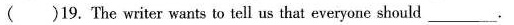
()19. The writer wants to tell us that everyone should ___